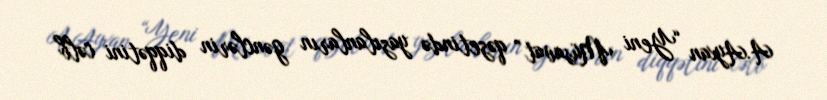
A.Ayxan “Yeni Müsavat” qəzetində yazılanların gənclərin diqqətini cəlb